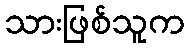
သားဖြစ်သူက